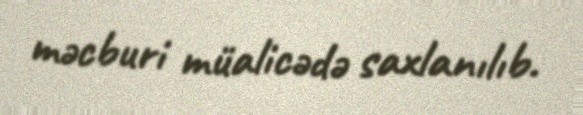
məcburi müalicədə saxlanılıb.